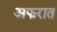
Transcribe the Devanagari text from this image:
अफरात